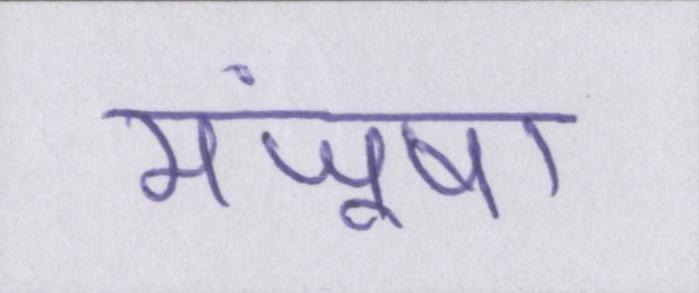
मंजूषा